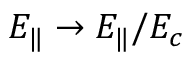
E _ { \Vert } \to E _ { \Vert } / E _ { c }